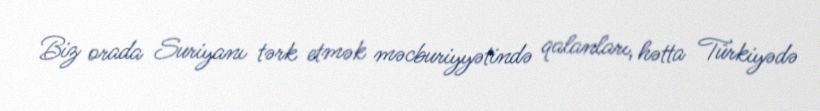
Biz orada Suriyanı tərk etmək məcburiyyətində qalanları, hətta Türkiyədə